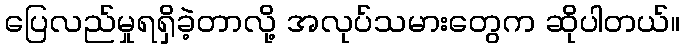
ပြေလည်မှုရရှိခဲ့တာလို့ အလုပ်သမားတွေက ဆိုပါတယ်။